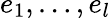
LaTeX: e_{1},\ldots,e_{l}